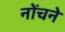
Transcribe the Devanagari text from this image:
नोंचने